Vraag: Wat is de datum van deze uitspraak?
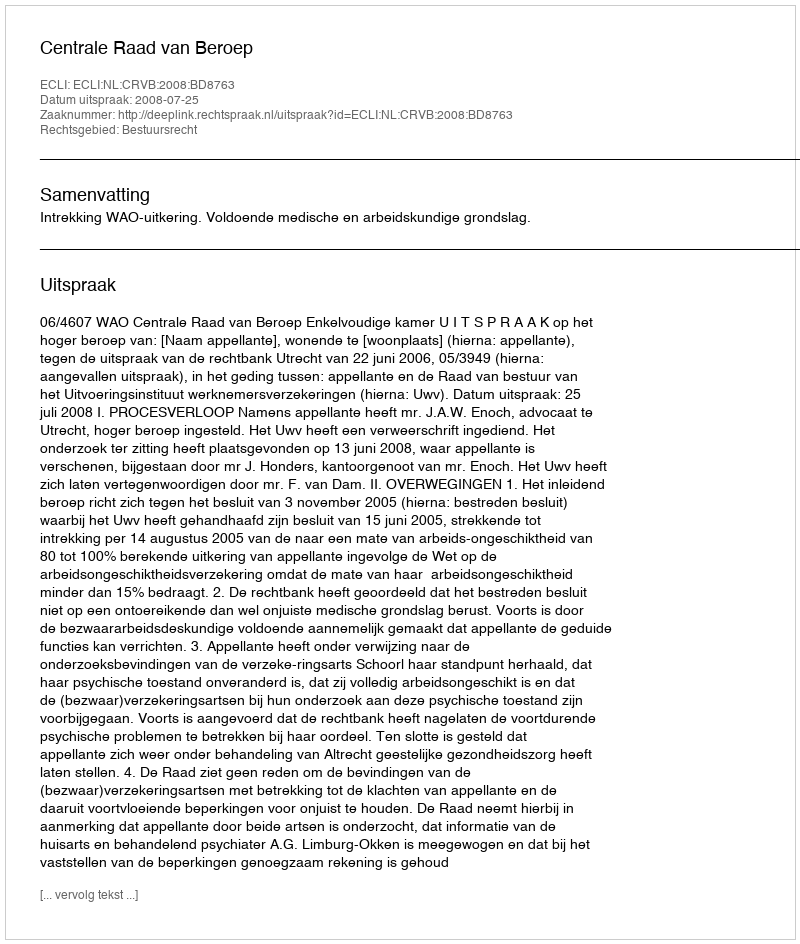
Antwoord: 2008-07-25